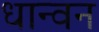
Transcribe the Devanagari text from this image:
धान्वन